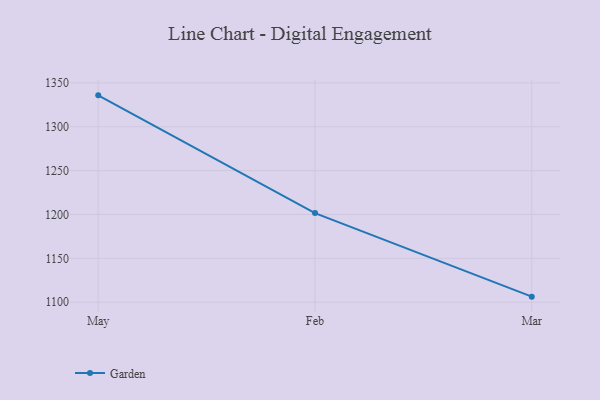
{"axis": {"x": "Month", "y": "Inventory Turnover"}, "legend": ["Garden"], "data": [{"x": "May", "y": 1335.8, "type": "Garden"}, {"x": "Feb", "y": 1201.6, "type": "Garden"}, {"x": "Mar", "y": 1106.3, "type": "Garden"}]}